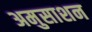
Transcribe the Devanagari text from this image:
अमुसाशन